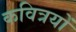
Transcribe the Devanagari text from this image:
कवित्रयों